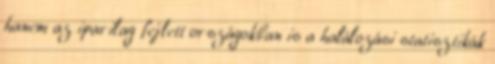
hanem az iparilag fejlett országokban is a halálozási statisztikák